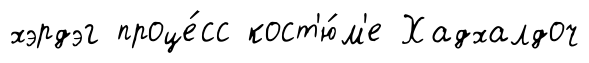
хэрдэг проце́сс кост'ю́м'е Хадхалдоч